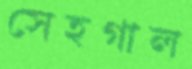
সেহগাল